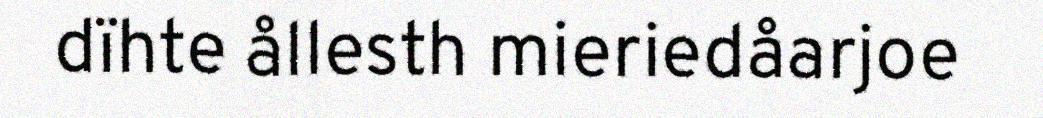
dïhte ållesth mieriedåarjoe